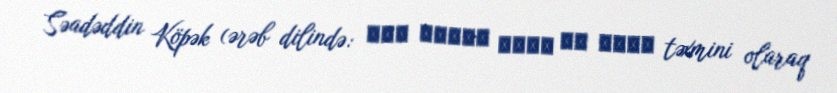
Səadəddin Köpək (ərəb dilində: سعد الدين كوبك بن محمد təxmini olaraq